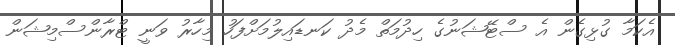
އެކަމާ ގުޅިގެން އެ ސްޓޭޝަނުގެ ހިދުމަތް މެދު ކަނޑައިލުމަށްފަހު މިހާރު ވަނީ ޓްރާންސްމިޝަން